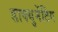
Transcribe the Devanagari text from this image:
डाक्युमेंटिंग